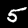
Label: 5